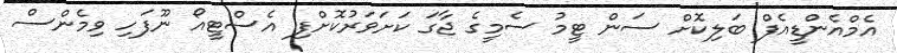
އެމްއެންޑީއެފް ބަލިކޮށް ސަން ޓީމު ސެމީގެ ޖާގަ ކަށަވަރުކޮށްފި އެސްޓީއޯ ނޫފަހި ވިމެންސް